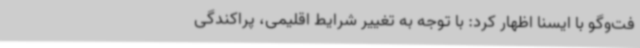
فت‌وگو با ایسنا اظهار کرد: با توجه به تغییر شرایط اقلیمی، پراکندگی